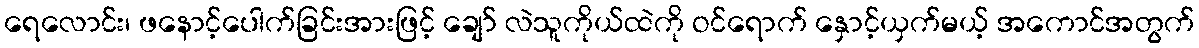
ရေလောင်း၊ ဖနောင့်ပေါက်ခြင်းအားဖြင့် ချော် လဲသူကိုယ်ထဲကို ဝင်ရောက် နှောင့်ယှက်မယ့် အကောင်အတွက်